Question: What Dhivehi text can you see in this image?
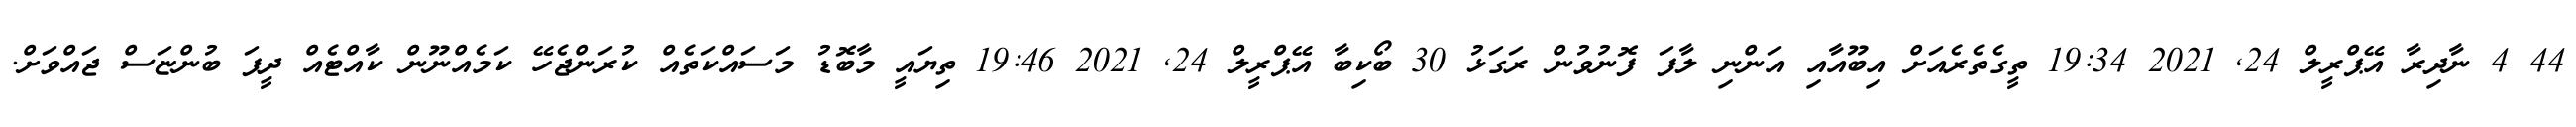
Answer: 44 4 ނާދިރާ އޭޕްރީލް 24, 2021 19:34 ތީގެތެރެއަށް އިބޫއާއި އަންނި ލާފަ ފޮނުވުން ރަގަޅު 30 ބޯކިބާ އޭޕްރީލް 24, 2021 19:46 ތިޔައީ މާބޮޑު މަސައްކަތެއް ކުރަންޖެހޭ ކަމެއްނޫން ކާއްޓެއް ދީފަ ބުންޏަސް ޖައްވަށް.